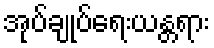
အုပ်ချုပ်ရေးယန္တရား